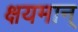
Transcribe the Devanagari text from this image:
क्षयमान्